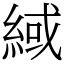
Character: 緎